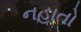
નહાતો